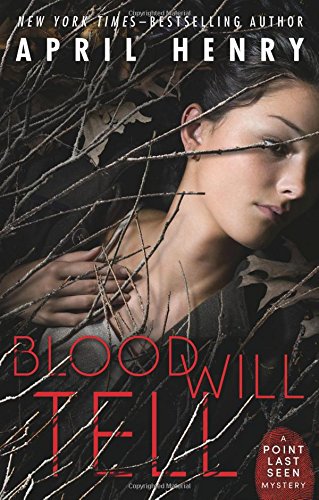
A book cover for Blood Will Tell (Point Last Seen); April Henry; Teen & Young Adult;